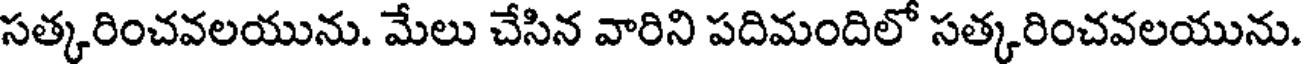
సత్కరించవలయును. మేలు చేసిన వారిని పదిమందిలో సత్కరించవలయును.